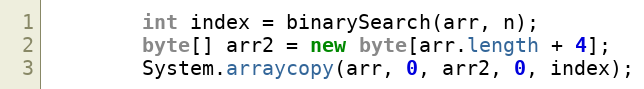
Language: Java
        int index = binarySearch(arr, n);
        byte[] arr2 = new byte[arr.length + 4];
        System.arraycopy(arr, 0, arr2, 0, index);